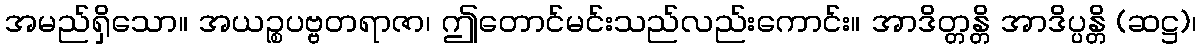
အမည်ရှိသော။ အယဉ္စပဗ္ဗတရာဇာ၊ ဤတောင်မင်းသည်လည်းကောင်း။ အာဒိတ္တန္တိ အာဒိပ္ပန္တိ (ဆဋ္ဌ)၊